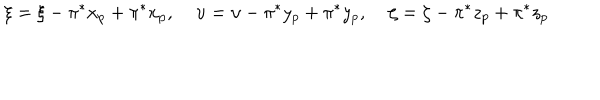
\xi = \xi - \pi ^ { * } x _ { p } + \pi ^ { * } x _ { p } , \: \: \: \: \: \upsilon = \upsilon - \pi ^ { * } y _ { p } + \pi ^ { * } y _ { p } , \: \: \: \: \: \zeta = \zeta - \pi ^ { * } z _ { p } + \pi ^ { * } z _ { p }